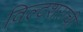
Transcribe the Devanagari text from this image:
विल्टशराची